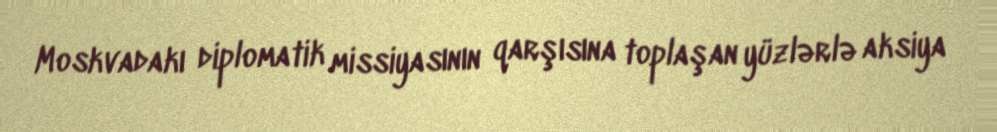
Moskvadakı diplomatik missiyasının qarşısına toplaşan yüzlərlə aksiya